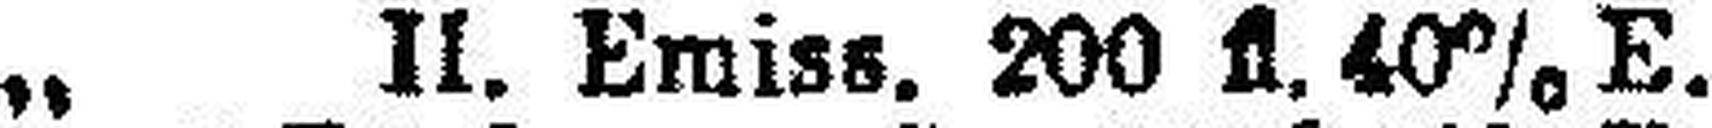
„ II. Emiss. 200 fl. 40% E.